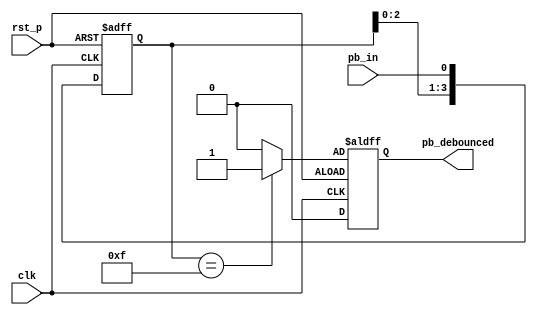
`timescale 1ns / 1ps
//////////////////////////////////////////////////////////////////////////////////
// Company: 
// Engineer: 
// 
// Design Name: 
// Module Name: debounce
// Project Name: 
// Target Devices: 
// Tool Versions: 
// Description: 
// 
// Dependencies: 
// 
// Revision:
// Revision 0.01 - File Created
// Additional Comments:
// 
//////////////////////////////////////////////////////////////////////////////////


module debounce(
    input pb_in,
    input clk,
    input rst_p,
    output reg pb_debounced
    );
    reg pb_debounced_next;
    reg [3:0]debounce_window;
    
always @(posedge clk or posedge rst_p) //shift
    if (rst_p)
        debounce_window <= 4'd0;
    else
        debounce_window <= {debounce_window[2:0], pb_in};

always @*
    if (debounce_window == 4'b1111)
        pb_debounced_next = 1'b1;
    else
        pb_debounced_next = 1'b0;
        
always @(posedge clk or negedge rst_p)
    if (rst_p)
        pb_debounced <= 1'b0;
    else
        pb_debounced <= pb_debounced_next;    
    
endmodule